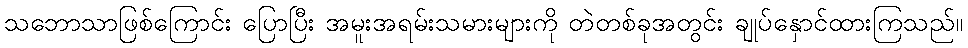
သဘောသာဖြစ်ကြောင်း ပြောပြီး အမူးအရမ်းသမားများကို တဲတစ်ခုအတွင်း ချုပ်နှောင်ထားကြသည်။